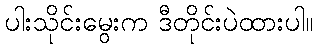
ပါးသိုင်းမွေးက ဒီတိုင်းပဲထားပါ။